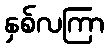
နှစ်လကြာ